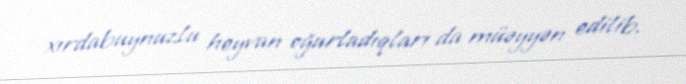
xırdabuynuzlu heyvan oğurladıqları da müəyyən edilib.